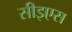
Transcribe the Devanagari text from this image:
सीइएस